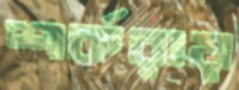
শর্করায়